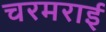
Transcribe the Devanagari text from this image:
चरमराई